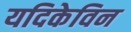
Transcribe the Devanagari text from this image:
यदिकेविन